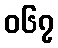
၀၆၇